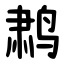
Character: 鹔